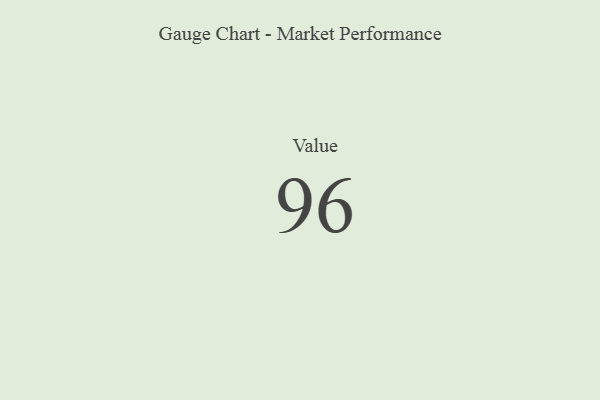
{"axis": {"x": "Metric", "y": "Value"}, "legend": [""], "data": [{"x": "Value", "y": 96, "type": ""}]}